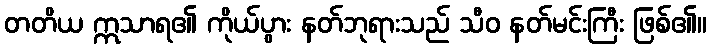
တတိယ ဣသာရ၏ ကိုယ်ပွား နတ်ဘုရားသည် သီဝ နတ်မင်းကြီး ဖြစ်၏။